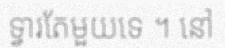
ទ្វារតែមួយទេ ។ នៅ